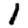
Digit: 1